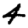
Digit: 4